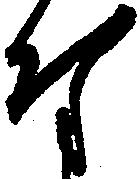
な